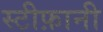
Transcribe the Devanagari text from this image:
स्टीफ़ानी